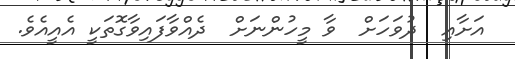
އަށާއި  ދުވަހަށް  ވާ މީހުންނަށް  ދެއްވާފައިވާގޮތަކީ އެއީއެވެ.